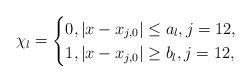
LaTeX: \begin{align*}\chi_{l}=\begin{cases}0, |x-x_{j,0}|\leq a_{l}, j=1 2,\\1, |x-x_{j,0}|\geq b_{l}, j=1 2,\end{cases}\end{align*}